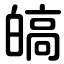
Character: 皜